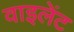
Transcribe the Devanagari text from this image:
वाइलेंट